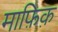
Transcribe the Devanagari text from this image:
माफ़िक़